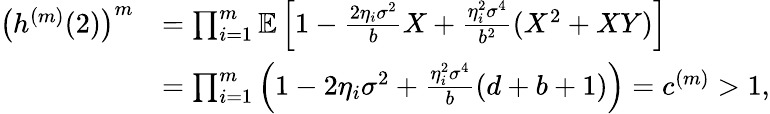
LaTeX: \begin{array}{rl}{\left(h^{(m)}(2)\right)^{m}}&{=\prod_{i=1}^{m}\mathbb{E}\left[1-\frac{2\eta_{i}\sigma^{2}}{b}X+\frac{\eta_{i}^{2}\sigma^{4}}{b^{2}}(X^{2}+XY)\right]}\\ &{=\prod_{i=1}^{m}\left(1-2\eta_{i}\sigma^{2}+\frac{\eta_{i}^{2}\sigma^{4}}{b}(d+b+1)\right)=c^{(m)}>1,}\end{array}